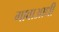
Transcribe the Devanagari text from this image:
गावाआधी